Tartu_Muinsuskaitse_Uhendus, lk 7
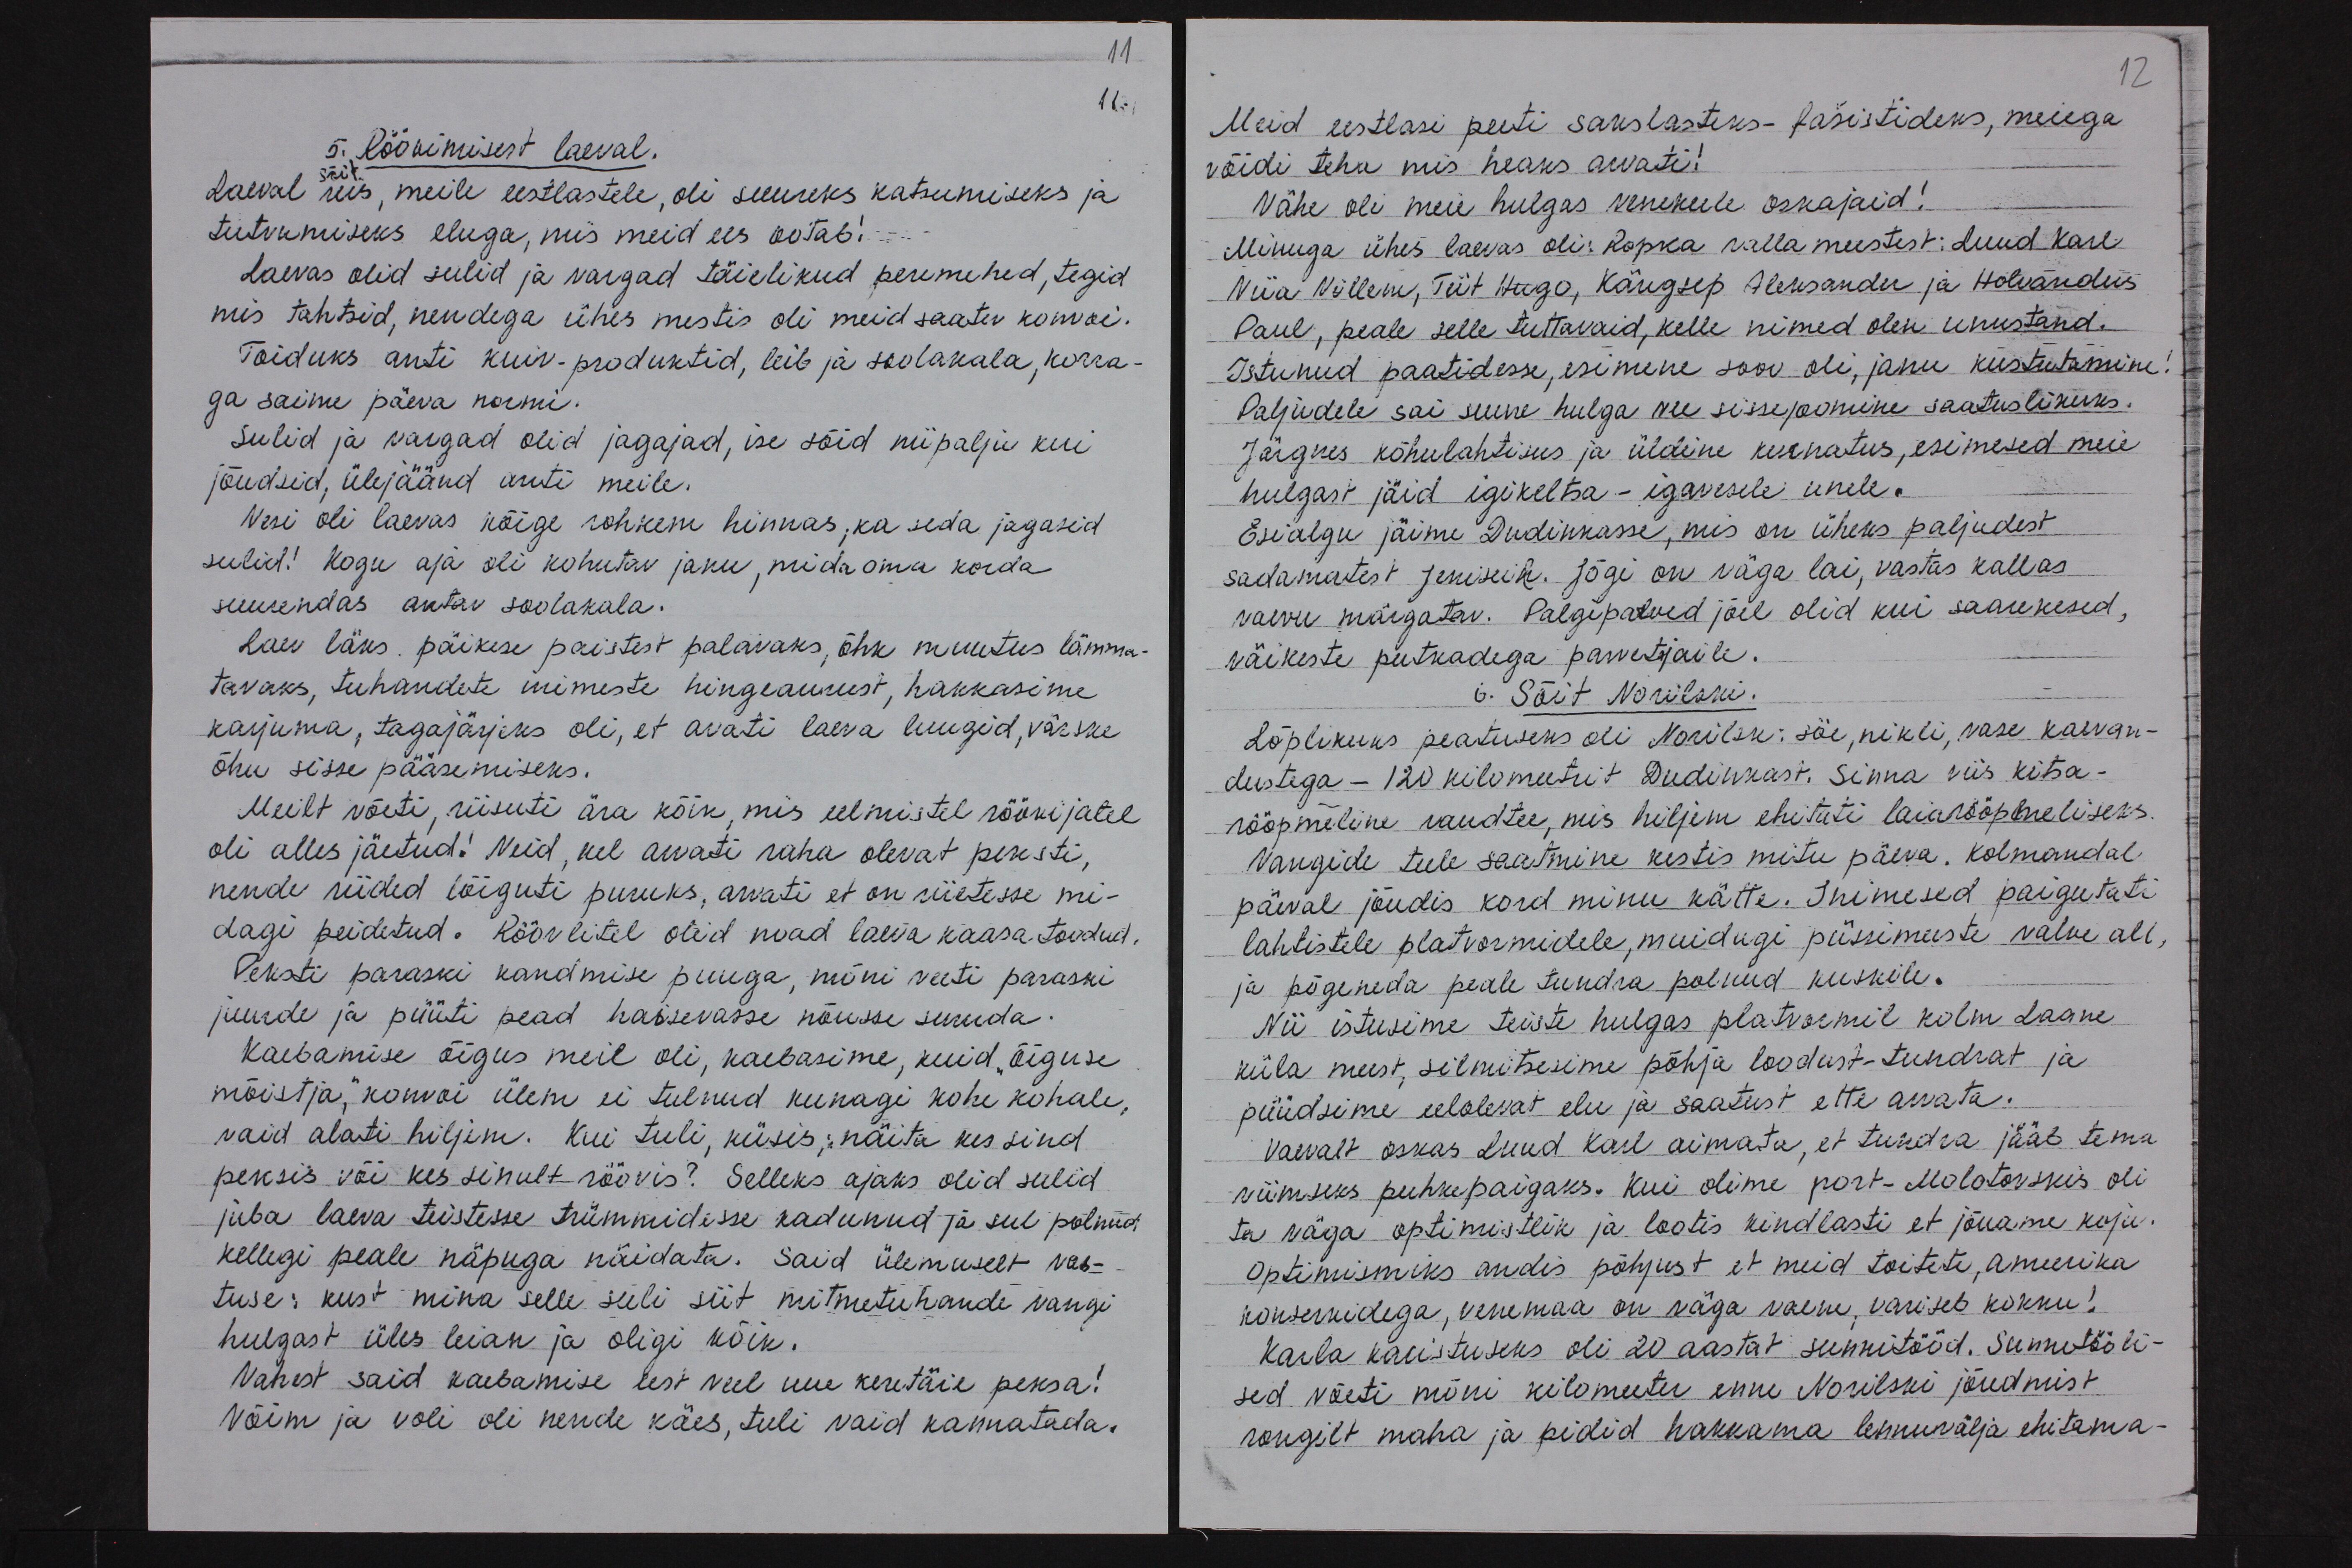
11.
5. Röökimisest laeval.
Laeval siis, meile eestlastele, oli suureks katsumiseks ja
tutvumiseks eluga, mis meid ees ootab!
Laevas olid sulid ja vargad täielikud peremehed, tegid
mis tahtsid, nendega ühes mestis oli meid saatev konvoi.
Toiduks anti kuiv-produktid, leib ja soolakala, korra-
ga saime päeva normi.
Sulid ja vaigad olid jagajad, ise sõid niipalju kui
jõudsid, ülejäänd anti meile.
Vesi oli laevas kõige rohkem hinnas, ka seda jagasid
sulid! Kogu aja oli kohutav janu, mida oma korda
suurendas antav soolakala.
Laev läks. päikese paistest palavaks, õhk muutus lämma-
tavaks, tuhandete inimeste hingeaurust, hakkasime
karjuma, tagajärjeks oli, et avati laeva luugid, värske
õhu sisse pääsemiseks.
Meilt võeti, riisuti ära kõik, mis eelmistel röövijatel
oli alles jäetud! Neid, kel arvati raha olevat peksti,
nende riided lõiguti puruks, arvati et on riietesse mi-
dagi peidetud. Röövlitel olid noad laeva kaasa toodud.
Peksti paraski kandmise puuga, mõni veeti paraski
juurde ja püüti pead haisevasse nõusse suruda.
Kaebamise õigus meil oli, kaebasime, kuid "õiguse
mõistja," konvoi ülem ei tulnud kunagi kohe kohale,
vaid alati hiljem. Kui tuli, küsis; näita kes sind
peksis või kes sinult röövis? Selleks ajaks olid sulid
juba laeva teistesse trümmidesse kadunud ja sul polnud
kellegi peale näpuga näidata. Said ülemuselt vas-
tuse: kust mina selle suli siit mitmetuhande vangi
hulgast üles leian ja oligi kõik.
Vahest said kaebamise eest veel uue keretäie peksa!
Võim ja voli oli nende käes, tuli vaid kannatada.

12
Meid eestlasi peeti sakslasteks-fašistideks, meiega
võidi teha mis heaks arvati!
Vähe oli meie hulgas venekeele oskajaid!
Minuga ühes laevas oli: Ropka valla meestest: Luud Karl
Viia Villem, Tiit Hugo, Kängsep Aleksander ja Holvandus
Paul, peale selle tuttavaid, kelle nimed olen unustand.
Istunud paatidesse, esimene soov oli, janu kustutamine
Paljudele sai suure hulga vee sissejoomine saatuslikuks.
Järgnes kõhulahtisus ja üldine kurnatus, esimesed meie
hulgast jäid igikeltsa - igavesele unele.
Esialgu jäime Dudinkasse, mis on üheks paljudest
sadamatest Jeniseik. Jõgi on väga lai, vastas kallas
vaevu märgatav. Palgiparved jõel olid kui saarekesed,
väikeste putkadega parvetajaile.
6. Sõit Norilski.
Lõplikuks peatuseks oli Norilsk: söe, nikli, vase kaevan-
dustega - 120 kilomeetrit Dudinkast. Sinna viis kitsa-
rööpmeline raudtee, mis hiljem ehitati laiarööpmeliseks
Vangide teele saatmine kestis mitu päeva. Kolmandal
päeval jõudis kord minu kätte. Inimesed paigutati
lahtistele platvormidele, muidugi püssimeeste valve all,
ja põgeneda peale tundra polnud kuskile.
Nii istusime teiste hulgas platvormil kolm Laane
küla meest, silmitsesime põhja loodust-tundrat ja
püüdsime eelolevat elu ja saatust ette arvata.
Vaevalt oskas Luud Karl aimata, et tundra jääb tema
viimseks puhkepaigaks. Kui olime port-Molotovskis oli
ta väga optimistlik ja lootis kindlasti et jõuame koju
Optimismiks andis põhjust et meid toiteti, ameerika
konservidega, Venemaa on väga vaene, variseb kokku!
Karla karistuseks oli 20 aastat sunnitööd. Sunniööli-
sed võeti mõni kilomeeter enne Norilski jõudmist
rongilt maha ja pidid hakkama lennuvälja ehitama.